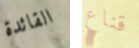
القائدة قناع